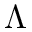
\Lambda